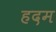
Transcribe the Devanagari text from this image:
हदम